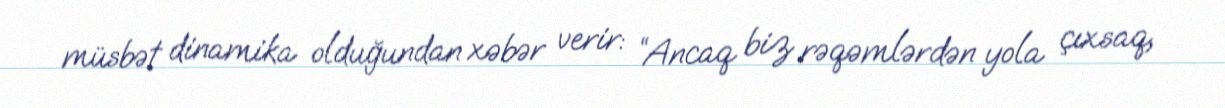
müsbət dinamika olduğundan xəbər verir: “Ancaq biz rəqəmlərdən yola çıxsaq,